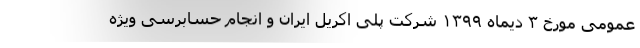
عمومی مورخ ۳ دیماه ۱۳۹۹ شرکت پلی اکریل ایران و انجام حسابرسی ویژه